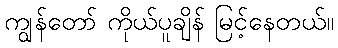
ကျွန်တော် ကိုယ်ပူချိန် မြင့်နေတယ်။